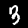
Digit: 3